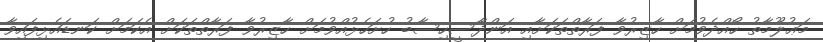
މަޢުލޫމާތު ހޯއްދެވުމަށް ހާޒިރުވާ ފަރާތްތަކަށާއި އަންދާސީހިސާބު ހުށަހެޅުއްވުމަށް ހާޒިރުވާ ފަރާތްތަކަށް އެކަމަށް ކަނޑައެޅިފައިވާ